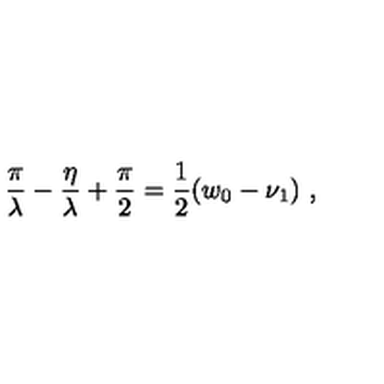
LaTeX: \frac { \pi } { \lambda } - \frac { \eta } { \lambda } + \frac { \pi } { 2 } = \frac { 1 } { 2 } ( w _ { 0 } - \nu _ { 1 } ) \ ,